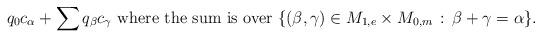
LaTeX: \begin{align*} q_0c_{\alpha}+ \sum q_\beta c_\gamma \mbox{ where the sum is over }\{ (\beta, \gamma)\in M_{1,e}\times M_{0,m} \,:\, \beta+\gamma=\alpha\}.\end{align*}